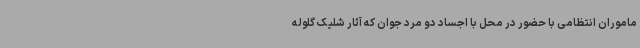
ماموران انتظامی با حضور در محل با اجساد دو مرد جوان که آثار شلیک گلوله